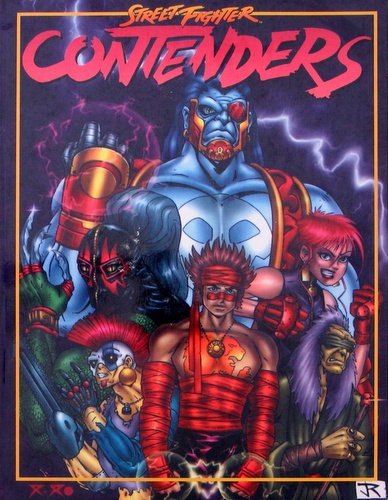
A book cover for Contenders (Street Fighter: The Storytelling Game); Jim Estes; Science Fiction & Fantasy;